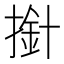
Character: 𢲥